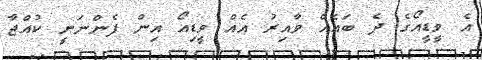
އެ ވީޑީއޯގެ ދެ ބައެއް ވާއިރު އެއް ވީޑިއޯ އިން ފެންނަނީ ކުއްޖާ